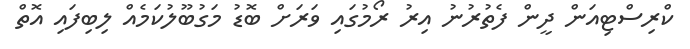
ކްރިސްޓިއަން ދީން ފެތުރުނު އިރު ރޯމުގައި ވަރަށް ބޮޑު މަގުބޫލުކަމެއް ލިބިފައި އޮތް